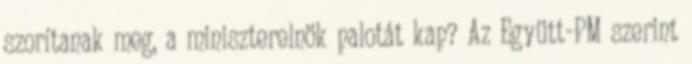
szorítanak meg, a miniszterelnök palotát kap? Az Együtt-PM szerint